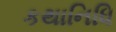
કથાનિધિ